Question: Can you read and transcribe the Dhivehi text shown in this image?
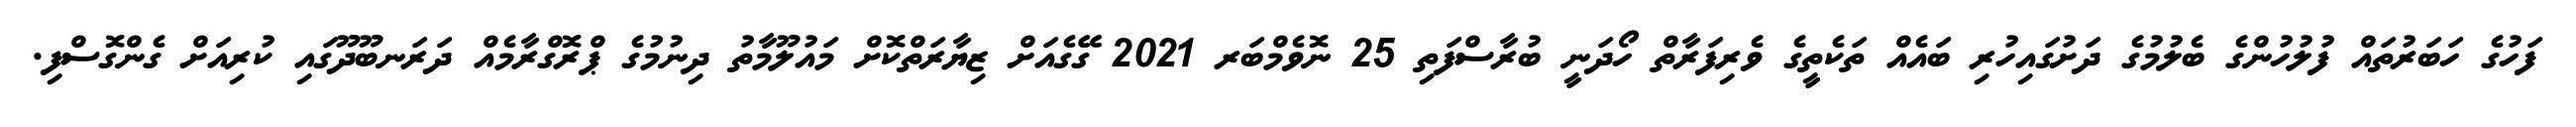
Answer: ފަހުގެ ހަބަރުތައް ފުލުހުންގެ ބެލުމުގެ ދަށުގައިހުރި ބައެއް ތަކެތީގެ ވެރިފަރާތް ހޯދަނީ ބުރާސްފަތި 25 ނޮވެމްބަރ 2021 ގޭގެއަށް ޒިޔާރަތްކޮށް މައުލޫމާތު ދިނުމުގެ ޕްރޮގްރާމެއް ދަރަނބޫދޫގައި ކުރިއަށް ގެންގޮސްފި.